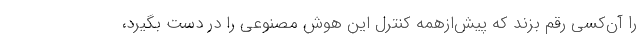
را آن‌کسی رقم بزند که پیش‌ازهمه کنترل این هوش مصنوعی را در دست بگیرد،